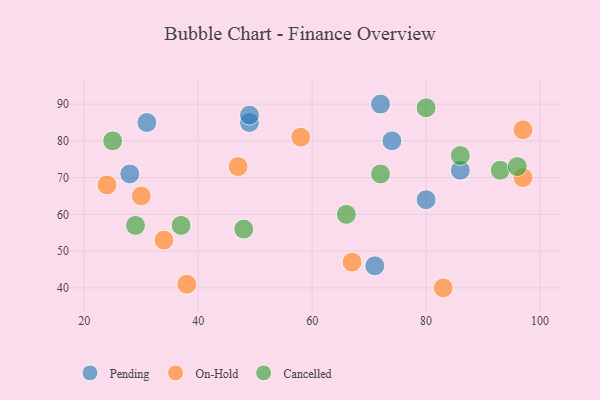
{"axis": {"x": "GDP", "y": "Life Expectancy"}, "legend": ["Cancelled", "On-Hold", "Pending"], "data": [{"x": "31", "y": 85, "type": "Pending"}, {"x": "80", "y": 64, "type": "Pending"}, {"x": "49", "y": 85, "type": "Pending"}, {"x": "72", "y": 90, "type": "Pending"}, {"x": "74", "y": 80, "type": "Pending"}, {"x": "71", "y": 46, "type": "Pending"}, {"x": "49", "y": 87, "type": "Pending"}, {"x": "28", "y": 71, "type": "Pending"}, {"x": "86", "y": 72, "type": "Pending"}, {"x": "83", "y": 40, "type": "On-Hold"}, {"x": "24", "y": 68, "type": "On-Hold"}, {"x": "30", "y": 65, "type": "On-Hold"}, {"x": "34", "y": 53, "type": "On-Hold"}, {"x": "97", "y": 83, "type": "On-Hold"}, {"x": "97", "y": 70, "type": "On-Hold"}, {"x": "47", "y": 73, "type": "On-Hold"}, {"x": "38", "y": 41, "type": "On-Hold"}, {"x": "67", "y": 47, "type": "On-Hold"}, {"x": "58", "y": 81, "type": "On-Hold"}, {"x": "37", "y": 57, "type": "Cancelled"}, {"x": "25", "y": 80, "type": "Cancelled"}, {"x": "93", "y": 72, "type": "Cancelled"}, {"x": "80", "y": 89, "type": "Cancelled"}, {"x": "29", "y": 57, "type": "Cancelled"}, {"x": "48", "y": 56, "type": "Cancelled"}, {"x": "96", "y": 73, "type": "Cancelled"}, {"x": "86", "y": 76, "type": "Cancelled"}, {"x": "72", "y": 71, "type": "Cancelled"}, {"x": "66", "y": 60, "type": "Cancelled"}]}